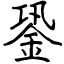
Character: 銎